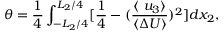
\theta = \frac { 1 } { 4 } \int _ { - L _ { 2 } / 4 } ^ { L _ { 2 } / 4 } [ \frac { 1 } { 4 } - ( \frac { \langle \ u _ { 3 } \rangle } { \langle \Delta U \rangle } ) ^ { 2 } ] d x _ { 2 } ,